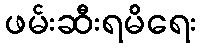
ဖမ်းဆီးရမိရေး